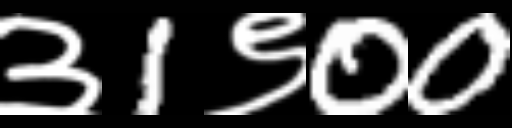
Text: ३1९00